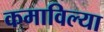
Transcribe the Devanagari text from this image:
कमाविल्या